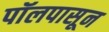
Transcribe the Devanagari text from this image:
पॉलपासून